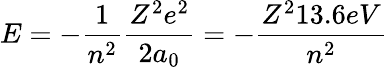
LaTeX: E=-{\frac{1}{n^{2}}}{\frac{Z^{2}e^{2}}{2a_{0}}}=-{\frac{Z^{2}13.6eV}{n^{2}}}